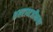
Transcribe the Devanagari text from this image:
शहरानजीकचा